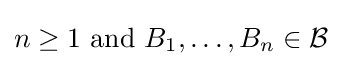
n\geq 1{\text{ and }}B_{1},\ldots ,B_{n}\in {\mathcal {B}}